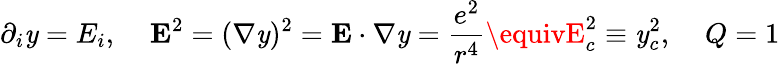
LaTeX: \partial_{i}\mathit{y}=E_{i},\; \; \; \; {\mathbf{E}}^{2}=({\mathbf{\nabla}}\mathit{y})^{2}={\mathbf{E}}\cdot{\mathbf{\nabla}}\mathit{y}=\frac{{e^{2}}}{{r^{4}}}\equivE_{c}^{2}\equiv\mathit{y}_{c}^{2},\; \; \; \; Q=1